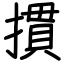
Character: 摜